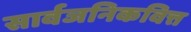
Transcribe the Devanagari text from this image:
सार्वजनिकवित्त